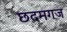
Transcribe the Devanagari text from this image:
छदमगज